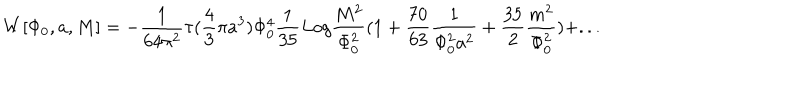
W [ \Phi _ { 0 } , a , M ] = - { \frac { 1 } { 6 4 \pi ^ { 2 } } } \tau ( { \frac { 4 } { 3 } } \pi a ^ { 3 } ) \Phi _ { 0 } ^ { 4 } { \frac { 1 } { 3 5 } } L o g { \frac { M ^ { 2 } } { \Phi _ { 0 } ^ { 2 } } } ( 1 + { \frac { 7 0 } { 6 3 } } { \frac { 1 } { \Phi _ { 0 } ^ { 2 } a ^ { 2 } } } + { \frac { 3 5 } { 2 } } { \frac { m ^ { 2 } } { \Phi _ { 0 } ^ { 2 } } } ) + . . .